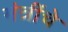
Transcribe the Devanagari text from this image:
मंत्रींचे